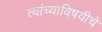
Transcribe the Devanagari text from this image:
त्यांच्याविषयीचे